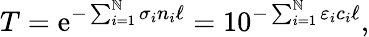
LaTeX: T=\mathrm{e}^{-\sum_{i=1}^{\mathbb{N}}\sigma_{i}n_{i}\ell}=10^{-\sum_{i=1}^{\mathbb{N}}\varepsilon_{i}c_{i}\ell},